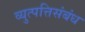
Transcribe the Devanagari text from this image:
व्युत्पत्तिसंबंध